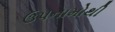
ઉપનામોથી